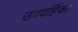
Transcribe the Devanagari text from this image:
उपवर्हिका